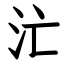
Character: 汒